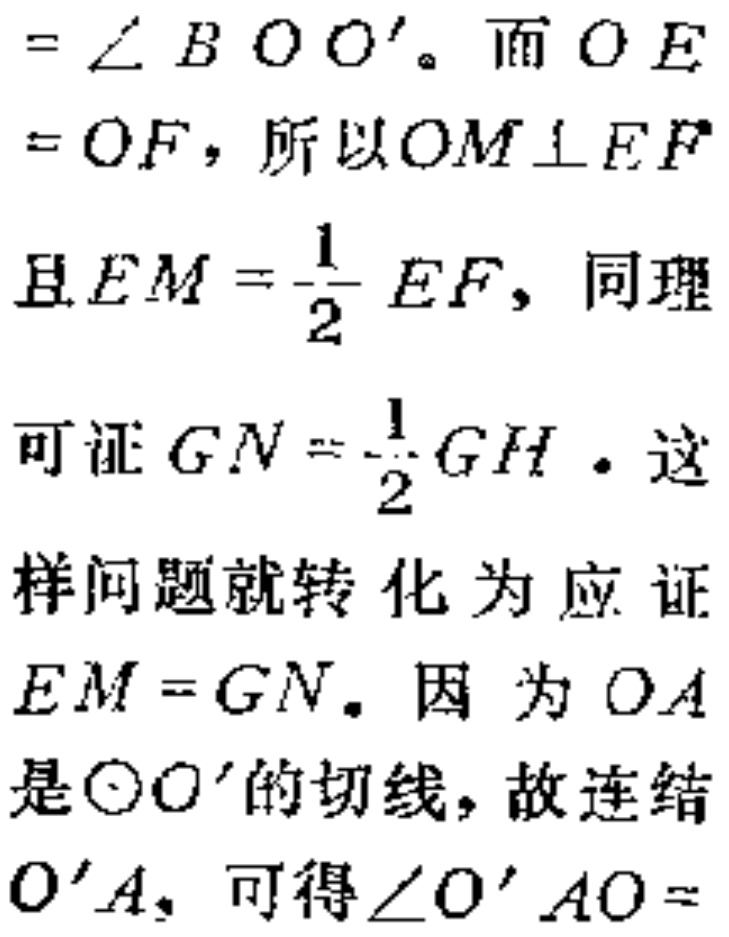
$= \angle B O O^{\prime}$。而$O E$
$= O F$，所以$OM \perp EF$
且$EM=\frac{1}{2}EF$，同理
可证$GN = \frac{1}{2}GH$。这
样问题就转化为应证
$EM = GN$。因为$OA$
是$\odot O^{\prime}$的切线，故连结
$O^{\prime}A$，可得$\angle O^{\prime}AO =$